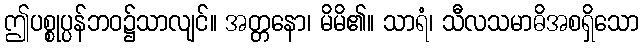
ဤပစ္စုပ္ပန်ဘဝ၌သာလျင်။ အတ္တနော၊ မိမိ၏။ သာရံ၊ သီလသမာဓိအစရှိသော